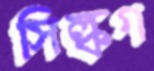
সিল্কগ